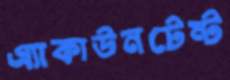
এ্যাকাউনটেন্ট